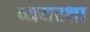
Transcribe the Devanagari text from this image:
व्ययस्था